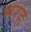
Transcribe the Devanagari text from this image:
मरह